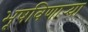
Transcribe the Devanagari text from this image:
भूषविणार्‍या